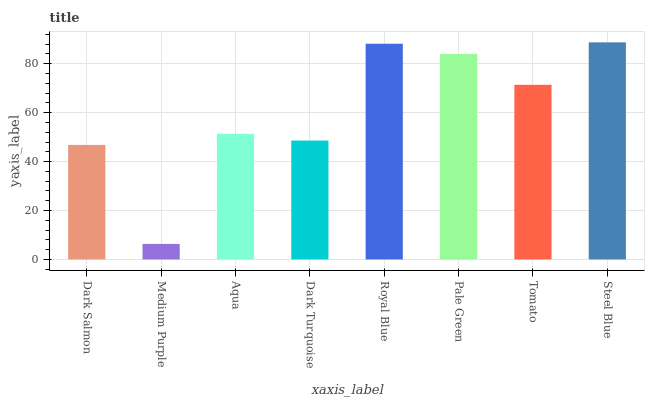
| xaxis_label | bars |
 | --- | --- |
 | Dark Salmon | 46.8 |
 | Medium Purple | 6.35 |
 | Aqua | 51.4 |
 | Dark Turquoise | 48.6 |
 | Royal Blue | 88.2 |
 | Pale Green | 84 |
 | Tomato | 71.4 |
 | Steel Blue | 88.7 |